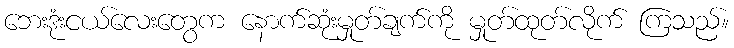
ဘေးဒုံးငယ်လေးတွေက နောက်ဆုံးမှုတ်ချက်ကို မှုတ်ထုတ်လိုက် ကြသည်။